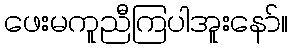
ဖေးမကူညီကြပါအူးနော်။